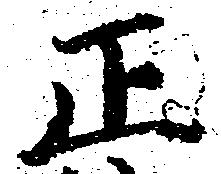
正